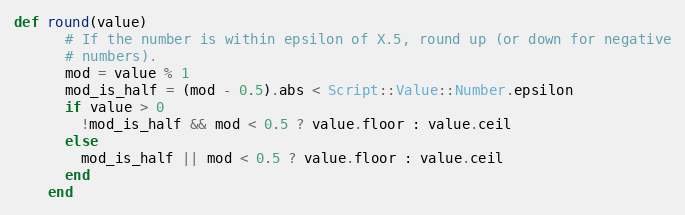
Language: Ruby
def round(value)
      # If the number is within epsilon of X.5, round up (or down for negative
      # numbers).
      mod = value % 1
      mod_is_half = (mod - 0.5).abs < Script::Value::Number.epsilon
      if value > 0
        !mod_is_half && mod < 0.5 ? value.floor : value.ceil
      else
        mod_is_half || mod < 0.5 ? value.floor : value.ceil
      end
    end